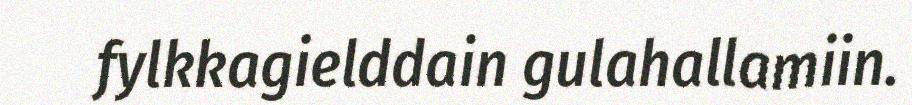
fylkkagielddain gulahallamiin.